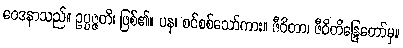
ဝေဒနာသည်။ ဥပ္ပဇ္ဇတိ၊ ဖြစ်၏။ ပန၊ စင်စစ်သော်ကား။ ဇီဝိတာ၊ ဇီဝိတိန္ဒြေတော်မှ။